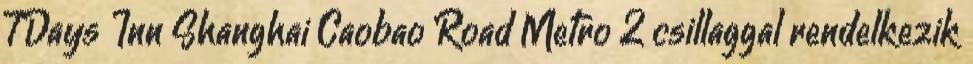
7Days Inn Shanghai Caobao Road Metro 2 csillaggal rendelkezik